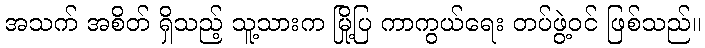
အသက် အစိတ် ရှိသည့် သူ့သားက မြို့ပြ ကာကွယ်ရေး တပ်ဖွဲ့ဝင် ဖြစ်သည်။